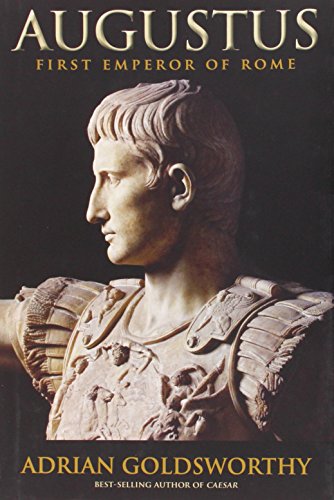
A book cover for Augustus: First Emperor of Rome; Adrian Goldsworthy; Biographies & Memoirs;